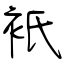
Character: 衹